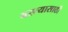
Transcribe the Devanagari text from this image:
बस्त्यासाठी